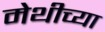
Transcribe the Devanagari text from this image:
मेथीच्या